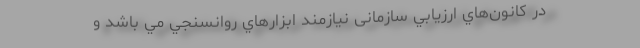
در كانون‌هاي ارزیابي سازمانی نيازمند ابزارهاي روانسنجي مي باشد و